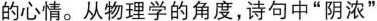
的心情。从物理学的角度，诗句中”阴浓”